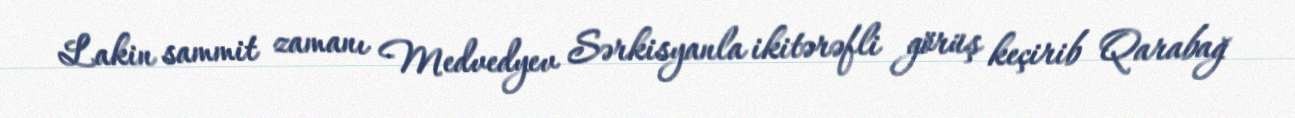
Lakin sammit zamanı Medvedyev Sərkisyanla ikitərəfli görüş keçirib Qarabağ